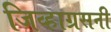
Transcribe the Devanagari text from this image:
जिव्हाग्रसनी